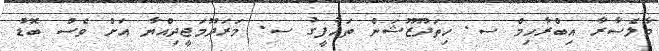
މާލެސާރާ އިބްރާހިމް ސ. ހިތަދޫޒޫޝަން ތައުފީގު ސ. މަރަދޫމަޖީދިއްޔާ އަށް ވެސް ބޮޑު